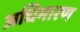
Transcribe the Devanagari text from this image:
अधिभारण